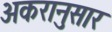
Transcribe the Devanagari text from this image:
अकरानुसार